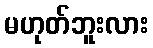
မဟုတ်ဘူးလား